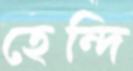
হেন্দি